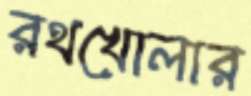
রথখোলার